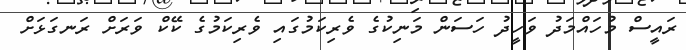
ރައީސް މުހައްމަދު ވަހީދު ހަސަން މަނިކުގެ ވެރިކަމުގައި ވެރިކަމުގެ ކޭކް ވަރަށް ރަނގަޅަށް